Annual administration report of the Civil Veterinary Department of India - 1895-1896
Year: 1895
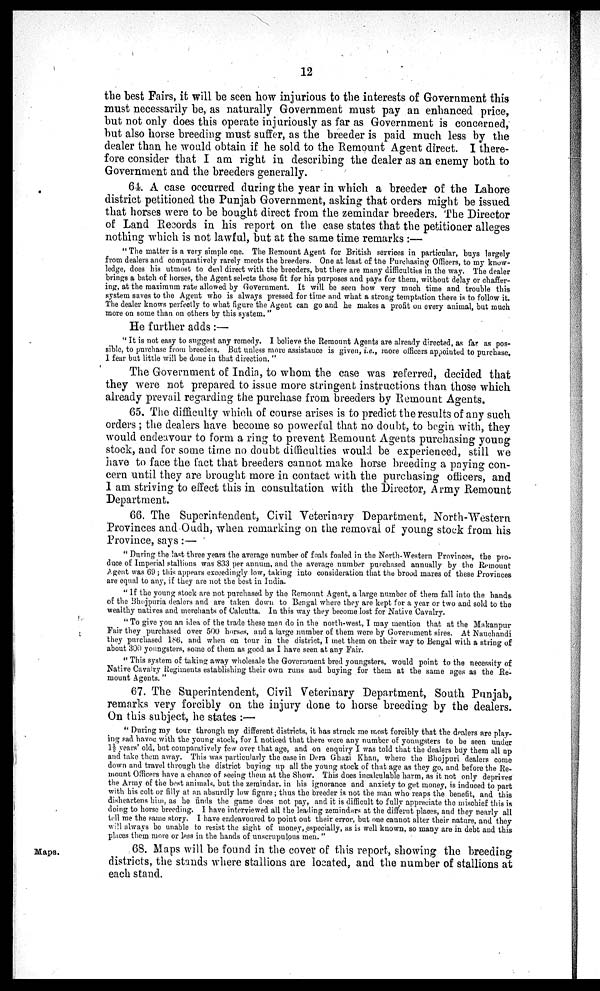
12
the best Fairs, it will be seen how injurious to the interests of Government this
must necessarily be, as naturally Government must pay an enhanced price,
but not only does this operate injuriously as far as Government is concerned,
but also horse breeding must suffer, as the breeder is paid much less by the
dealer than he would obtain if he sold to the Remount Agent direct. I there-
fore consider that I am right in describing the dealer as an enemy both to
Government and the breeders generally.
64. A case occurred during the year in which a breeder of the Lahore
district petitioned the Punjab Government, asking that orders might be issued
that horses were to be bought direct from the zemindar breeders. The Director
of Land Records in his report on the case states that the petitioner alleges
nothing which is not lawful, but at the same time remarks:—
"The matter is a very simple one. The Remount Agent for British services in particular, buys largely
from dealers and comparatively rarely meets the breeders. One at least of the Purchasing Officers, to my know-
ledge, does his utmost to deal direct with the breeders, but there are many difficulties in the way. The dealer
brings a batch of horses, the Agent selects those fit for his purposes and pays for them, without delay or chaffer-
ing, at the maximum rate allowed by Government. It will be seen how very much time and trouble this
system saves to the Agent who is always pressed for time and what a strong temptation there is to follow it.
The dealer knows perfectly to what figure the Agent can go and he makes a profit on every animal, but much
more on some than on others by this system."
He further adds:—
"It is not easy to suggest any remedy. I believe the Remount Agents are already directed, as far as pos-
sible, to purchase from breeders. But unless more assistance is given, i.e., more officers appointed to purchase.
I fear but little will be done in that direction."
The Government of India, to whom the case was referred, decided that
they were not prepared to issue more stringent instructions than those which
already prevail regarding the purchase from breeders by Remount Agents.
65. The difficulty which of course arises is to predict the results of any such
orders; the dealers have become so powerful that no doubt, to begin with, they
would endeavour to form a ring to prevent Remount Agents purchasing young
stock, and for some time no doubt difficulties would be experienced, still we
have to face the fact that breeders cannot make horse breeding a paying con-
cern until they are brought more in contact with the purchasing officers, and
I am striving to effect this in consultation with the Director, Army Remount
Department.
66. The Superintendent, Civil Veterinary Department, North-Western
Provinces and Oudh, when remarking on the removal of young stock from his
Province, says:—
"During the last three years the average number of foals foaled in the North-Western Provinces, the pro-
duce of Imperial stallions was 833 per annum, and the average number purchased annually by the Remount
Agent was 69; this appears exceedingly low, taking into consideration that the brood mares of these Provinces
are equal to any, if they are not the best in India.
"If the young stock are not purchased by the Remount Agent, a large number of them fall into the bands
of the Bhojpuria dealers and are taken down to Bengal where they are kept for a year or two and sold to the
wealthy natives and merchants of Calcutta. In this way they become lost for Native Cavalry.
"To give you an idea of the trade these men do in the north-west, I may mention that at the Makanpur
Fair they purchased over 500 horses, and a large number of them were by Government sires. At Nauchandi
they purchased 186, and when on tour in the district, I met them on their way to Bengal with a string of
about 300 youngsters, some of them as good as I have seen at any Fair.
"This system of taking away wholesale the Government bred youngsters, would point to the necessity of
Native Cavalry Regiments establishing their own runs and buying for them at the same ages as the Re-
mount Agents."
67. The Superintendent, Civil Veterinary Department, South Punjab,
remarks very forcibly on the injury done to horse breeding by the dealers.
On this subject, he states:—
"During my tour through my different districts, it has struck me most forcibly that the dealers are play-
ing sad havoe with the young stock, for I noticed that there were any number of youngsters to be seen under
1½ years' old, but comparatively few over that age, and on enquiry I was told that the dealers buy them all up
and take them away. This was particularly the case in Dera Ghazi Khan, where the Bhojpuri dealers come
down and travel through the district buying up all the young stock of that age as they go, and before the Re-
mount Officers have a chance of seeing them at the Show. This does incalculable harm, as it not only deprives
the Army of the best animals, but the zemindar, in his ignorance and anxiety to get money, is induced to part
with his colt or filly at an absurdly low figure; thus the breeder is not the man who reaps the benefit, and this
disheartens him, as he finds the game does not pay, and it is difficult to fully appreciate the mischief this is
doing to horse breeding. I have interviewed all the leading zemindars at the differnt places, and they nearly all
tell me the same story. I have endeavoured to point out their error, but one cannot alter their nature, and they
will always be unable to resist the sight of money, especially, as is well known, so many are in debt and this
places them more or less in the hands of unscrupulous men."
Maps.
68. Maps will be found in the cover of this report, showing the breeding
districts, the stands where stallions are located, and the number of stallions at
each stand.